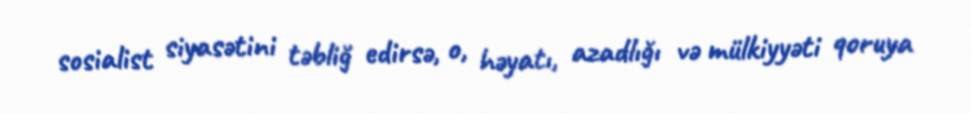
sosialist siyasətini təbliğ edirsə, o, həyatı, azadlığı və mülkiyyəti qoruya